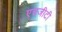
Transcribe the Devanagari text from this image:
एचजीटी